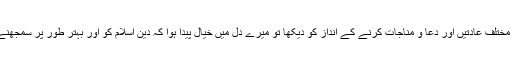
میں نے جب ان کی مختلف عادتیں اور دعا و مناجات کرنے کے انداز کو دیکھا تو میرے دل میں خیال پیدا ہوا کہ دین اسلام کو اور بہتر طور پر سمجھنے کی کوشش کروں۔